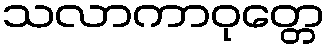
သလာကာဝုတ္တေ